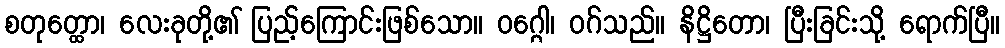
စတုတ္ထော၊ လေးခုတို့၏ ပြည့်ကြောင်းဖြစ်သော။ ဝဂ္ဂေါ၊ ဝဂ်သည်။ နိဋ္ဌိတော၊ ပြီးခြင်းသို့ ရောက်ပြီ။